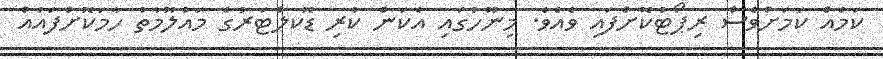
ކަމެއް ކަމަށްވެސް ރިޕޯޓުކޮށްފައި ވެއެވެ. މިނޫހުގައި އެކަން ކުރި ޑޮކލްޓަރުގެ މައުލޫމާތު ހާމަކޮށްފައެއް